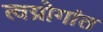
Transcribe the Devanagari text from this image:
त्वग्रोगांत